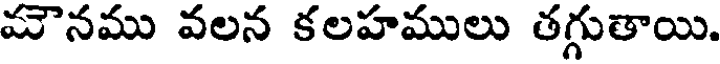
మౌనము వలన కలహములు తగ్గుతాయి.